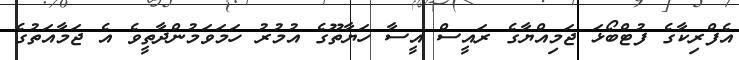
އެފްރިކާގެ ފުޓްބޯޅަ ޖަމިއްޔާގެ ރައީސް އީސާ ހަޔާތޫގެ އުމުރު ހަމަވަމުންދާތީވެ އެ ޖަމާއަތުގެ